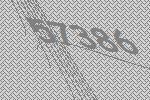
57386